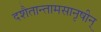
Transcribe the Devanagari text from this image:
दशैतान्तामसानृषीन्